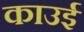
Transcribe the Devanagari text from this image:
काउई